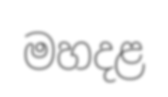
මහදළ